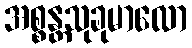
အစ္စန္တသုခုမာလော